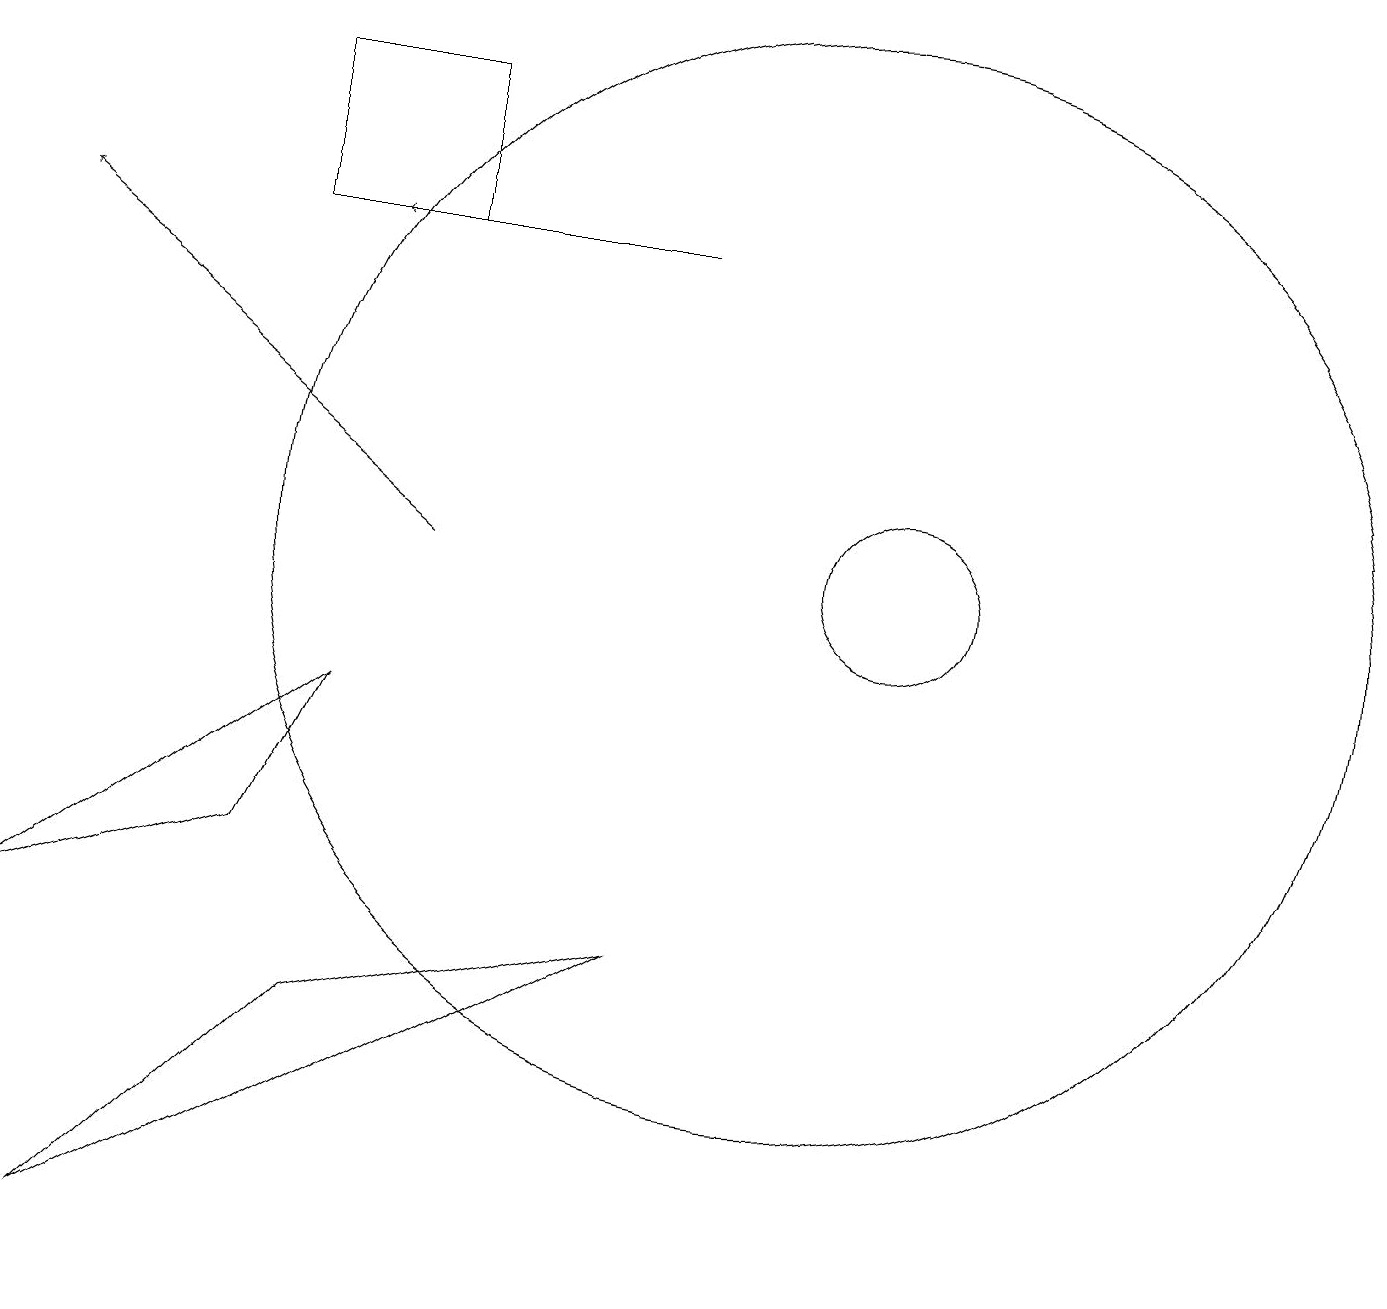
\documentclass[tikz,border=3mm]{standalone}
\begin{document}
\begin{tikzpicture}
\draw (4,8) -- (3,6) -- (0,5) -- cycle;
\draw (4,4) -- (8,5) -- (1,1) -- cycle;
\draw (11,10) circle (1);
\draw[->] (5,10) -- (0,14);
\draw[->] (8,14) -- (4,14);
\draw (3,14) rectangle (5,16);
\draw (10,10) circle (7);
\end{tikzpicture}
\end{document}